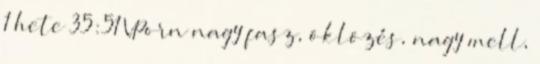
1 hete 35:51 VPorn nagy fasz, öklözés, nagy mell,